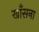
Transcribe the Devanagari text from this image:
खाँसना